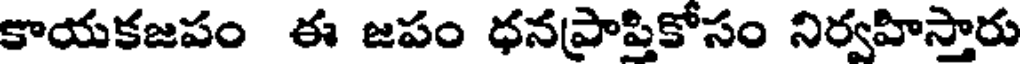
కాయకజపం ఈ జపం ధనప్రాప్తికోసం నిర్వహిస్తారు